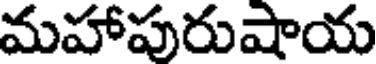
మహాపురుషాయ